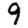
Digit: 9